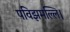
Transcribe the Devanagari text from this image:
पविझमल्लि।